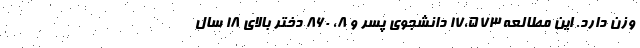
وزن دارد. این مطالعه ۱۷،۵۷۳ دانشجوی پسر و ۸، ۸۶۰ دختر بالای ۱۸ سال